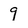
Character: 9